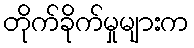
တိုက်ခိုက်မှုများက